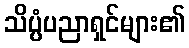
သိပ္ပံပညာရှင်များ၏